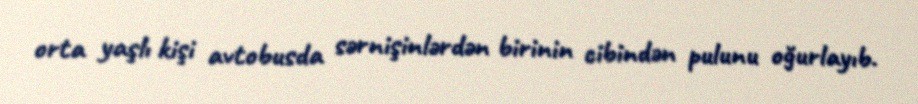
orta yaşlı kişi avtobusda sərnişinlərdən birinin cibindən pulunu oğurlayıb.